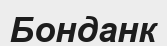
Бонданк